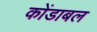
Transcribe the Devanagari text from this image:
कोंडाबल